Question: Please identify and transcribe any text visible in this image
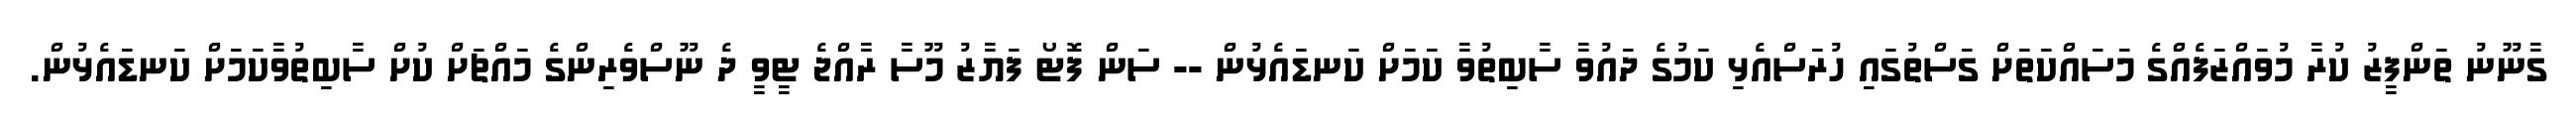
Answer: ގާނޫނު ތަންފީޒު ކުރާ މުވައްޒަފެއްގެ މަސައްކަތަށް ގަސްތުގައި ހުރަސްއެޅި ކަމުގެ ދައުވާ ސާބިތުވާ ކަމަށް ކަނޑައެޅުން -- ސަން ފޮޓޯ ފަޔާޒު މޫސާ ރާއްޖެ ޓީވީ ދެ ނޫސްވެރިންގެ މައްޗަށް ކުށް ސާބިތުވާކަމަށް ކަނޑައެޅުން.